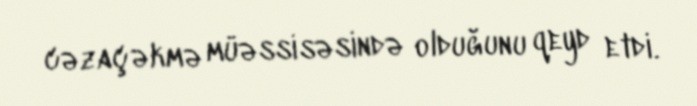
cəzaçəkmə müəssisəsində olduğunu qeyd etdi.